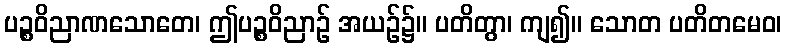
ပဉ္စဝိညာဏသောတေ၊ ဤပဉ္စဝိညာဉ် အယဉ်၌။ ပတိတွာ၊ ကျ၍။ သောတ ပတိတမေဝ၊